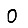
Digit: 0